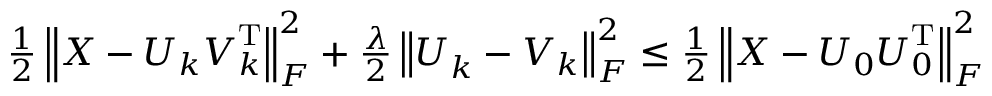
\begin{array} { r } { \frac { 1 } { 2 } \left\| \boldsymbol { X } - \boldsymbol { U } _ { k } \boldsymbol { V } _ { k } ^ { \mathrm { T } } \right\| _ { F } ^ { 2 } + \frac { \lambda } { 2 } \left\| \boldsymbol { U } _ { k } - \boldsymbol { V } _ { k } \right\| _ { F } ^ { 2 } \leq \frac { 1 } { 2 } \left\| \boldsymbol { X } - \boldsymbol { U } _ { 0 } \boldsymbol { U } _ { 0 } ^ { \mathrm { T } } \right\| _ { F } ^ { 2 } } \end{array}